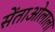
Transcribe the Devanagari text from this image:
सेंताओलाला